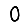
Digit: 0